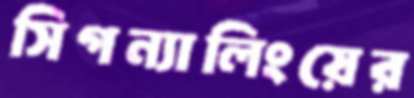
সিগন্যালিংয়ের